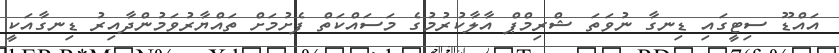
އައްޑޫ ސިޓީގައި ޑިނގާ ނުވަތަ ޝްރިމްޕް އާލާކުރުމުގެ މަސައްކަތް ފެށުމަށް ތައްޔާރުވަމުންދާއިރު ޑިނގާއަކީ